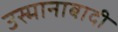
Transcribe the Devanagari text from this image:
उस्मानाबादी